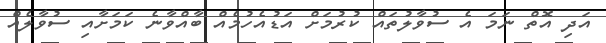
އަދި އޮތް ނަމަ އެ ސުވާލުތައް ކުރުމަށް އަޑުއެހުމެއް ބާއްވާނެ ކަމަށާއި ސުވާލެއް